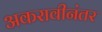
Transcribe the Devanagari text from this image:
अकरावीनंतर